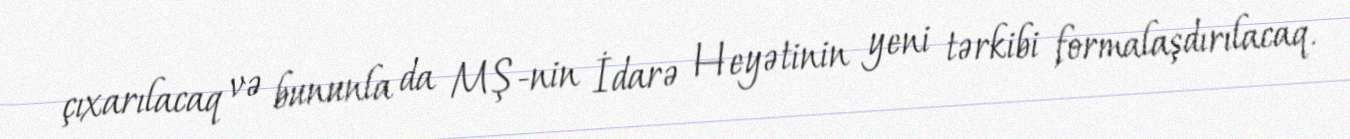
çıxarılacaq və bununla da MŞ-nin İdarə Heyətinin yeni tərkibi formalaşdırılacaq.